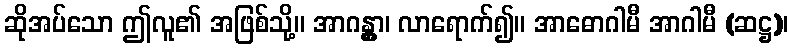
ဆိုအပ်သော ဤလူ၏ အဖြစ်သို့။ အာဂန္တွာ၊ လာရောက်၍။ အာဓောဂါမီ အာဂါမီ (ဆဋ္ဌ)၊